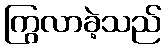
ကြွလာခဲ့သည်